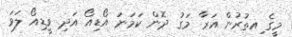
މީގެ ިއތުރުން އަރާ މަގު ދޮން ކަމަނަ އޯޑިއޯ އަދި ވީޑިއޯ ލަވަ